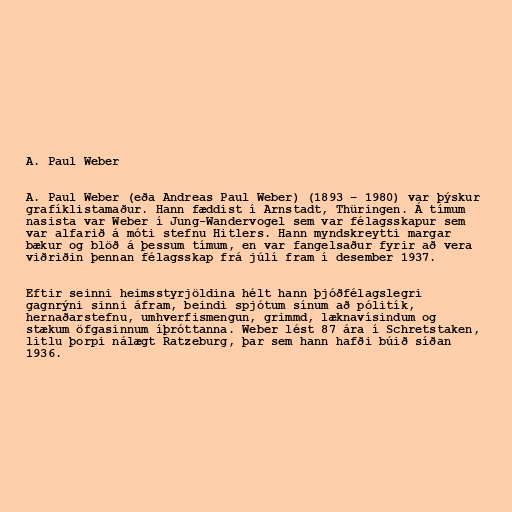
A. Paul Weber

A. Paul Weber (eða Andreas Paul Weber) (1893 – 1980) var þýskur
grafíklistamaður. Hann fæddist í Arnstadt, Thüringen. Á tímum
nasista var Weber í Jung-Wandervogel sem var félagsskapur sem
var alfarið á móti stefnu Hitlers. Hann myndskreytti margar
bækur og blöð á þessum tímum, en var fangelsaður fyrir að vera
viðriðin þennan félagsskap frá júlí fram í desember 1937.

Eftir seinni heimsstyrjöldina hélt hann þjóðfélagslegri
gagnrýni sinni áfram, beindi spjótum sínum að pólitík,
hernaðarstefnu, umhverfismengun, grimmd, læknavísindum og
stækum öfgasinnum íþróttanna. Weber lést 87 ára í Schretstaken,
litlu þorpi nálægt Ratzeburg, þar sem hann hafði búið síðan
1936.